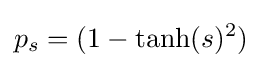
p_{s}=(1-\tanh(s)^{2})